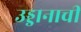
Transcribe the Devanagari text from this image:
उड्डानाची